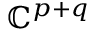
\mathbb { C } ^ { p + q }